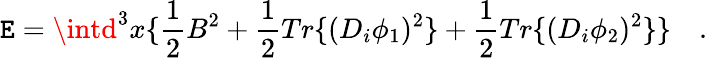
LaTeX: \mathtt{E}=\intd^{3}x\{ \frac{{1}}{{2}}B^{2}+\frac{{1}}{{2}}Tr\{ (D_{i}\phi_{1})^{2}\} +\frac{{1}}{{2}}Tr\{ (D_{i}\phi_{2})^{2}\} \} \quad.